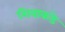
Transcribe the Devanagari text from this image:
शिवाकडे